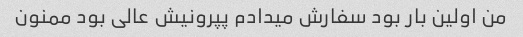
من اولین بار بود سفارش میدادم پپرونیش عالی بود ممنون